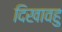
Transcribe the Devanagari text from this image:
दिखावहु